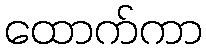
ထောက်ကာ